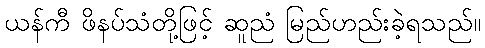
ယန်ကီ ဖိနပ်သံတို့ဖြင့် ဆူညံ မြည်ဟည်းခဲ့ရသည်။